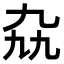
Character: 𫡤